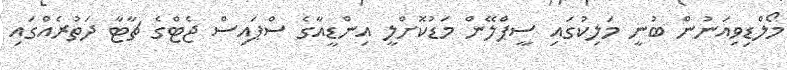
މޯލްޑިވިއަނުން ބުނީ މަލިކުގައި ސީޕްލޭން މަޑުކޮށްލީ އިންޑީއާގެ ސްޕައިސް ޖެޓްގެ ޗާޓާ ދަތުރެއްގައި